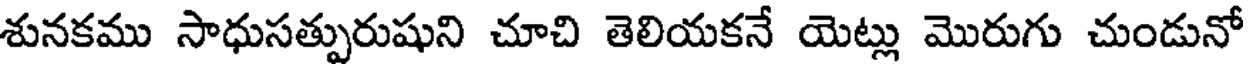
శునకము సాధుసత్పురుషుని చూచి తెలియకనే యెట్లు మొరుగు చుండునో